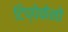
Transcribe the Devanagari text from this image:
टिप्पेकेनो